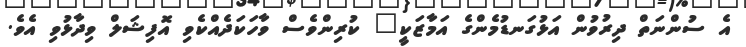
އެ ސުންނަތް ދިރުވުން އަޅުގަނޑުމެންގެ އަމާޒަކީ" ކުރިންވެސް ވާހަކަދެއްކެވި އޮފިޝަލް ވިދާޅުވި އެވެ.